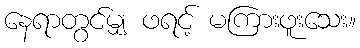
နေရာတွင်မျှ ဖရင့် မကြားဖူးသေး။